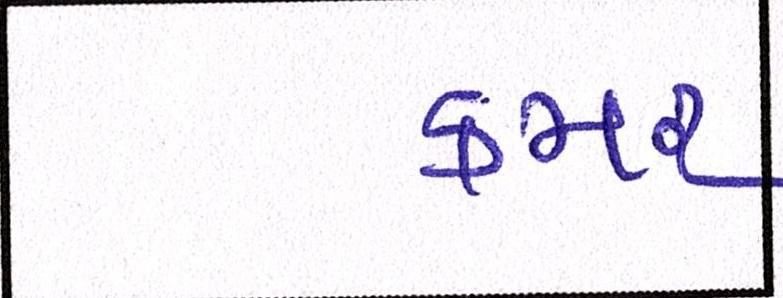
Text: કમર